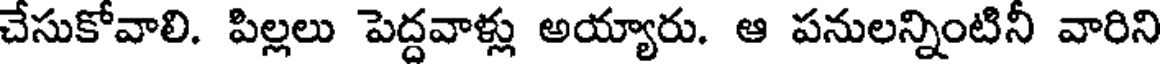
చేసుకోవాలి. పిల్లలు పెద్దవాళ్లు అయ్యారు. ఆ పనులన్నింటినీ వారిని